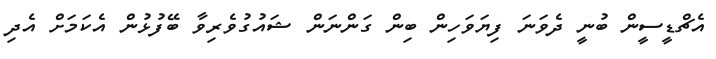
އެޗްޑީސީން ބުނީ ދެވަނަ ފިޔަވަހިން ބިން ގަންނަން ޝައުގުވެރިވާ ބޭފުޅުން އެކަމަށް އެދި